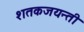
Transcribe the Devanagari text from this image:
शतकजयन्ती